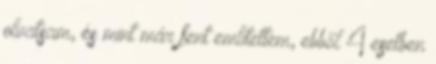
olvatsam, és mint már fent említettem, ebből 4 esetben